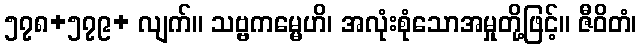
၅၇၈+၅၇၉+ လျက်။ သဗ္ဗကမ္မေဟိ၊ အလုံးစုံသောအမှုတို့ဖြင့်။ ဇီဝိတံ၊